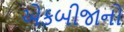
એકબીજાનો